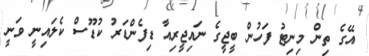
އޭގެ ތިން މިނިޓު ފަހުން ބީޖީގެ ނައިޖީރިއާ ޑިފެންޑަރު ކުޑޫސް ކެލައިނީ ވަނީ